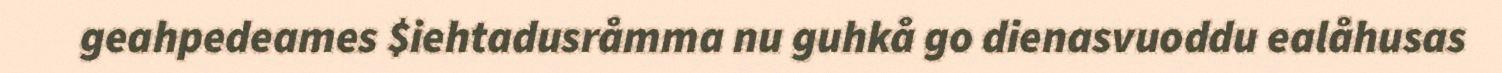
geahpedeames $iehtadusråmma nu guhkå go dienasvuoddu ealåhusas